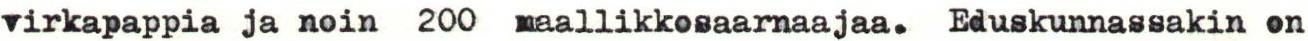
virkapappia ja noin 200 maallikkosaarnaajaa. Eduskunnassakin on